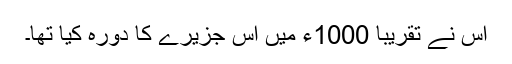
اس نے تقریبا 1000ء میں اس جزیرے کا دورہ کیا تھا۔